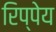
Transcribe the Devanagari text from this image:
रिप्पेय